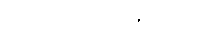
လက်ပြင်တွေ အောင့်လှပြီ။